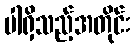
ပါရှိသည့်အတိုင်း